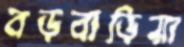
বড়বাড়িয়া